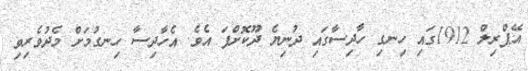
އޭޕްރިލް 1912ގައި ހިނގި ހާދިސާގައި ދުނިޔެ ދޫކޮށްފަ އެވެ. އެހާދިސާ ހިނގުމަށް މެދުވެރިވި